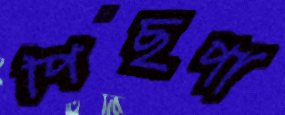
পিছপা